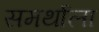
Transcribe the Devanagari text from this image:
समर्थाला